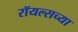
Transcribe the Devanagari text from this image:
रॉयल्सच्या